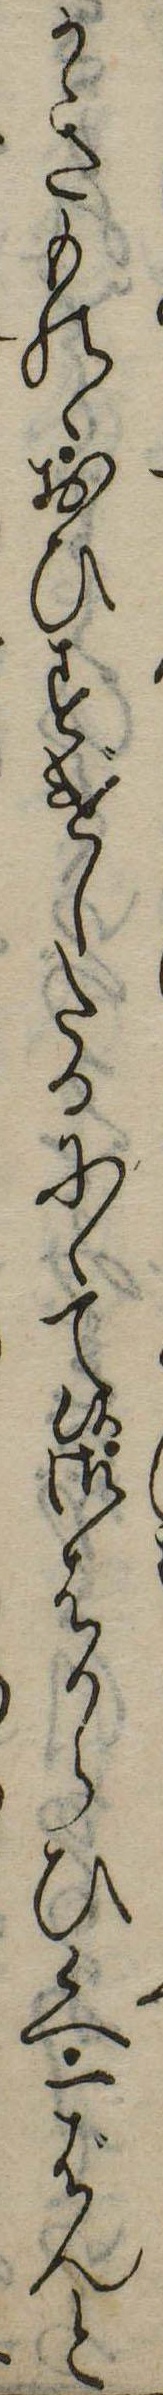
かきものゝおひすげしたるにゝて候御はからひ候へ一ばんと